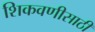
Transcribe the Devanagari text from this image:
शिकवणीसाठी